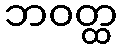
ဘဝတ္ထ